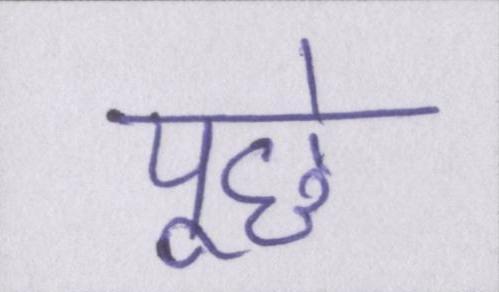
पूछे